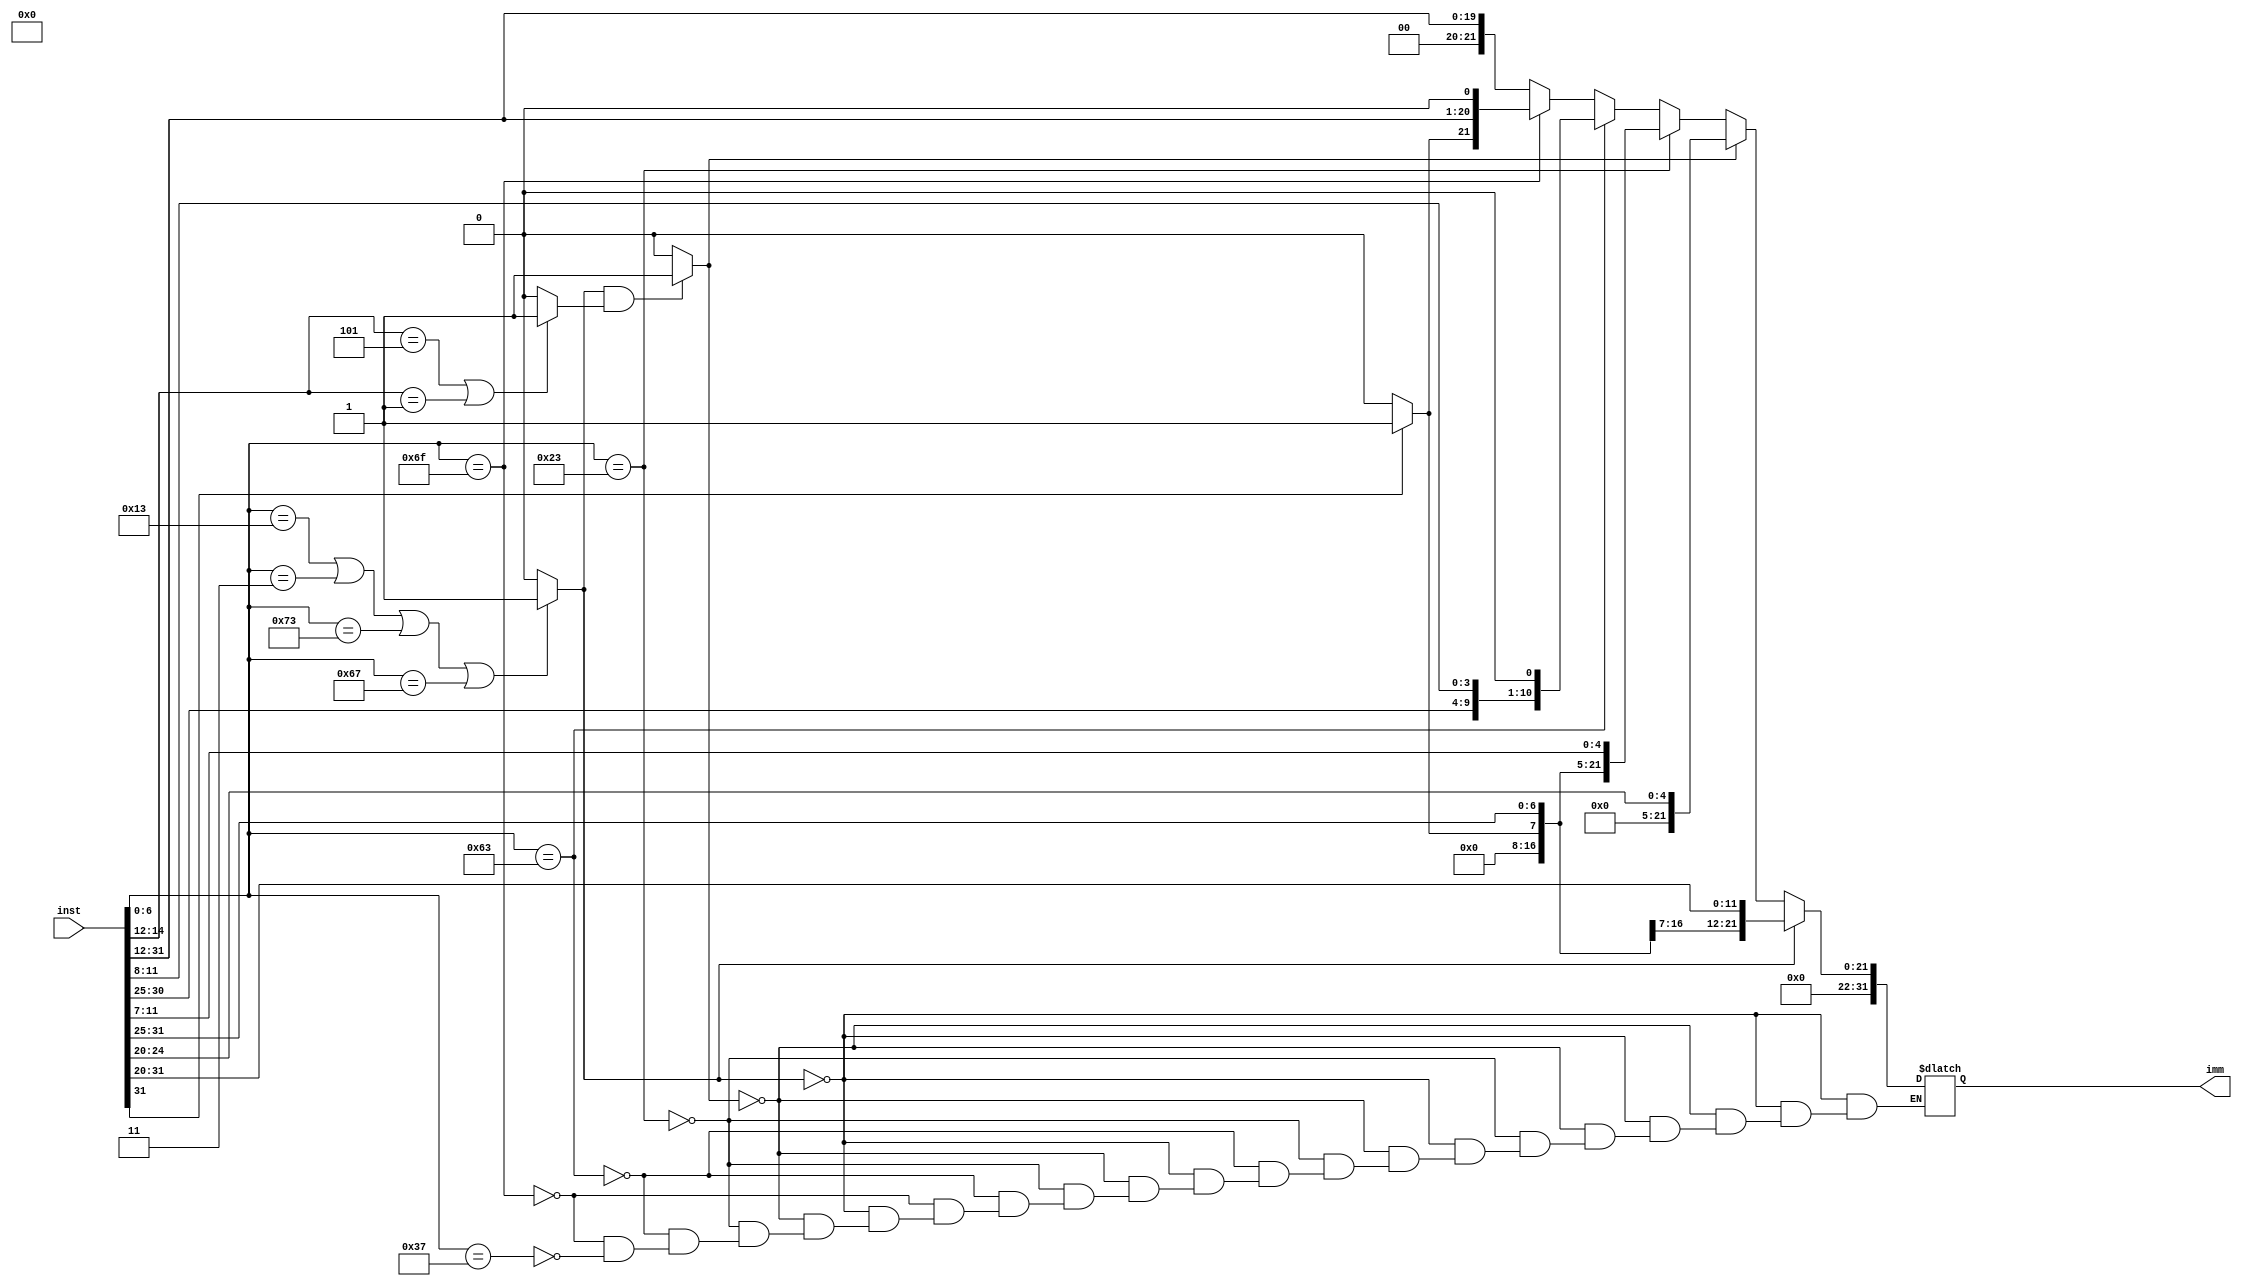
module immunit (
    input [31:0] inst,
    output reg [31:0] imm
);
    reg [6:0] opcode;
    reg [2:0] func3;
    reg [31:0] shamt;
    reg shamflag;
    reg [31:0] immi;
    reg [31:0] imms;
    reg [31:0] immb;
    reg [31:0] immu;
    reg [31:0] immj;
    reg normal_i;
    reg special_i;
    reg types;
    reg typeb;
    reg typeu;
    reg typej;

    always @* begin
        opcode = inst[6:0];
        func3 = inst[14:12];
        //Tipo I
        immi = {(inst[31] == 0) ? 20'b0 : 20'b1, inst[31:20]};
        //Tipo I SRAI SRLI
        shamt = {26'b0, inst[24:20]};
        //Tipo U
        immu = {12'b0, inst[31:12]};
        //Tipo J
        immj = {(inst[31] == 0) ? 11'b0 : 11'b1, inst[31], inst[30:21], inst[20], inst[19:12], 1'b0};
        //Tipo S
        imms = {(inst[31] == 0) ? 20'b0 : 20'b1, inst[31:25], inst[11:7]};
        //Tipo B
        immb = {(inst[31] == 0) ? 19'b0 : 19'b1, inst[31], inst[7], inst[30:25], inst[11:8],1'b0};
        //Evaluar tipo de inmediato
        normal_i = ((opcode == 7'b0010011) | (opcode == 7'b0000011) | (opcode == 7'b1110011) | (opcode == 7'b1100111)) ? 1'b1 : 1'b0;
        special_i = ((func3 == 5) | (func3 == 1)) ? 1'b1 : 1'b0;
        shamflag = (normal_i && special_i) ? 1'b1 : 1'b0;

        if (normal_i)
            imm = immi;
        else if (shamflag)
            imm = shamt;
        else if (opcode == 7'b0100011)
            imm = imms;
        else if (opcode == 7'b1100011)
            imm = immb;
        else if (opcode == 7'b1101111)
            imm = immj;
        else if ((opcode == 7'b0110111) | (opcode == 0010111))
            imm = immu;
    end

endmodule